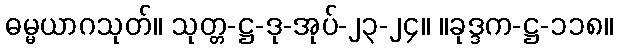
ဓမ္မယာဂသုတ်။ သုတ္တ-ဋ္ဌ-ဒု-အုပ်-၂၃-၂၄။ ။ခုဒ္ဒက-ဋ္ဌ-၁၁၈။